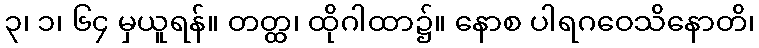
၃၊ ၁၊ ၆၄ မှယူရန်။ တတ္ထ၊ ထိုဂါထာ၌။ နောစ ပါရဂဝေသိနောတိ၊